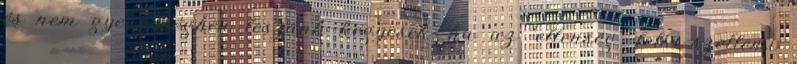
és nem gyengeségben leszünk kegyesek. ha az "ellenség" lelki-szellemi